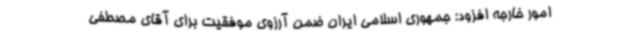
امور خارجه افزود: جمهوری اسلامی ایران ضمن آرزوی موفقیت برای آقای مصطفی